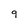
Character: 9